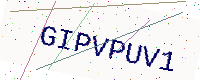
Text: GIPVPUV1